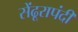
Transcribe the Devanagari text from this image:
सेंढूरापंदी